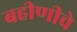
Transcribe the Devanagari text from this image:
बहीणीचे